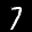
Label: 7